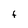
Character: f